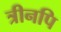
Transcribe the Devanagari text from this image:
त्रीनपि